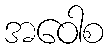
အဝေါစ